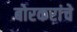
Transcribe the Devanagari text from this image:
बोरकरांचे